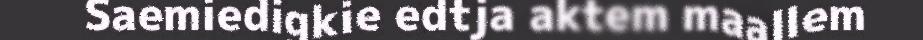
Saemiedigkie edtja aktem maallem